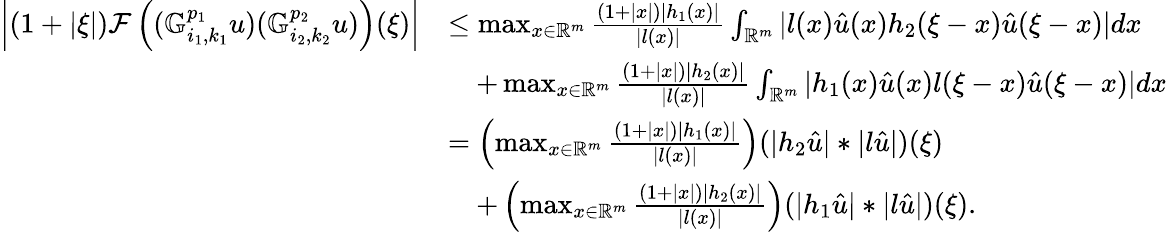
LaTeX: \begin{array}{rl}{\left|(1+|\xi|)\mathcal{F}\left((\mathbb{G}_{i_{1},k_{1}}^{p_{1}}u)(\mathbb{G}_{i_{2},k_{2}}^{p_{2}}u)\right)(\xi)\right|}&{\leq\operatorname*{max}_{x\in\mathbb{R}^{m}}\frac{(1+|x|)|h_{1}(x)|}{|l(x)|}\int_{\mathbb{R}^{m}}|l(x)\hat{u}(x)h_{2}(\xi-x)\hat{u}(\xi-x)|dx}\\ &{\quad+\operatorname*{max}_{x\in\mathbb{R}^{m}}\frac{(1+|x|)|h_{2}(x)|}{|l(x)|}\int_{\mathbb{R}^{m}}|h_{1}(x)\hat{u}(x)l(\xi-x)\hat{u}(\xi-x)|dx}\\ &{=\left(\operatorname*{max}_{x\in\mathbb{R}^{m}}\frac{(1+|x|)|h_{1}(x)|}{|l(x)|}\right)(|h_{2}\hat{u}|*|l\hat{u}|)(\xi)}\\ &{\quad+\left(\operatorname*{max}_{x\in\mathbb{R}^{m}}\frac{(1+|x|)|h_{2}(x)|}{|l(x)|}\right)(|h_{1}\hat{u}|*|l\hat{u}|)(\xi).}\end{array}